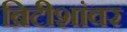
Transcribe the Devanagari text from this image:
ब्रिटीशांवर